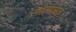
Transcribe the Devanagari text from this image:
रमतगमत